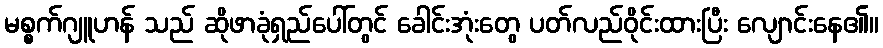
မစ္စက်ဂျူဟန် သည် ဆိုဖာခုံရှည်ပေါ်တွင် ခေါင်းအုံးတွေ ပတ်လည်ဝိုင်းထားပြီး လျောင်းနေ၏။